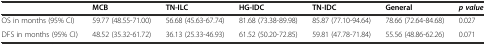
|  | MCB | TN-ILC | HG-IDC | TN-IDC | General | p value |
 | --- | --- | --- | --- | --- | --- | --- |
 | OS in months (95% CI) | 59.77 (48.55-71.00) | 56.68 (45.63-67.74) | 81.68 (73.38-89.98) | 85.87 (77.10-94.64) | 78.66 (72.64-84.68) | 0.027 |
 | DFS in months (95% CI) | 48.52 (35.32-61.72) | 36.13 (25.33-46.93) | 61.52 (50.20-72.85) | 59.81 (47.78-71.84) | 55.56 (48.86-62.26) | 0.071 |